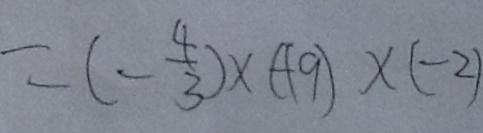
= ( - \frac { 4 } { 3 } ) \times ( + 9 ) \times ( - 2 )